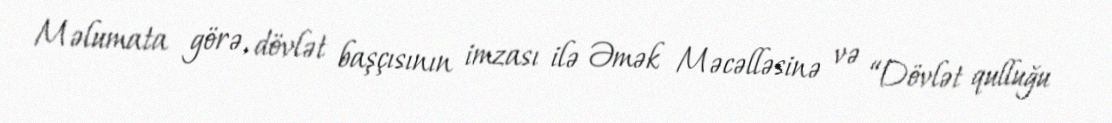
Məlumata görə, dövlət başçısının imzası ilə Əmək Məcəlləsinə və “Dövlət qulluğu